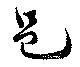
邑